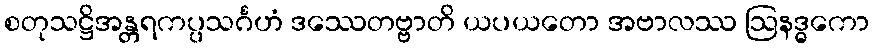
စတုသဋ္ဌိအန္တရကပ္ပသင်္ဂဟံ ဒဿေတဗ္ဗာတိ ယပယတော အဗာလဿ ဩနဒ္ဓကော